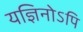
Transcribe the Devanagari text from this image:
यज्ञिनोऽपि